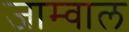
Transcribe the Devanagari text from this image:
जाम्वाल